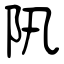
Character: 阠